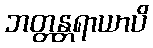
ဘတ္တန္တရာယာပိ